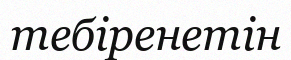
тебіренетін